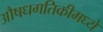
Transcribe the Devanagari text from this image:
औषधगतिकीमध्ये